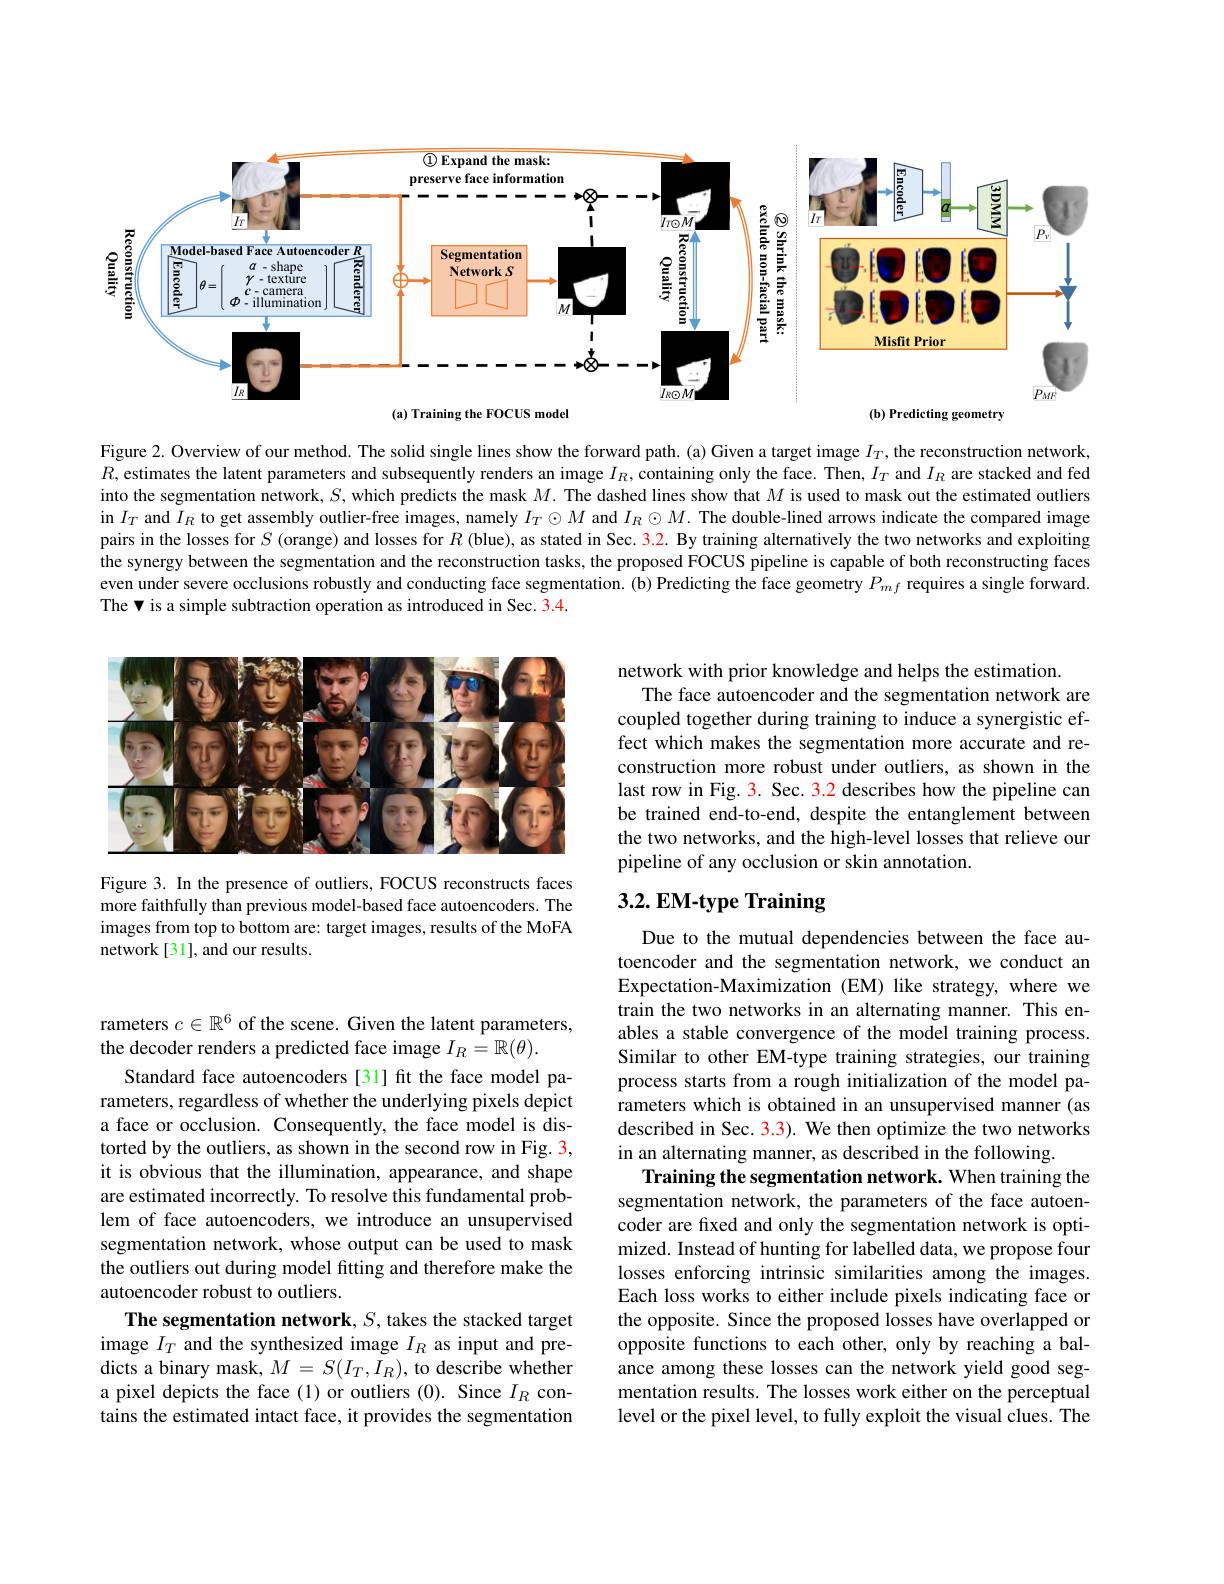
<FigureHere>

Figure 2. Overview of our method. The solid single lines show the forward path. (a) Given a target image $I_T$, the reconstruction network, $R$, estimates the latent parameters and subsequently renders an image $I_R$, containing only the face. Then, $I_T$ and $I_R$ are stacked and fed into the segmentation network, $S$, which predicts the mask $M.$ The dashed lines show that $M$ is used to mask out the estimated outliers in $I_T$ and $I_R$ to get assembly outlier-free images, namely $I_T\odot M$ and $I_R\odot M.$ The double-lined arrows indicate the compared image pairs in the losses for $S$ (orange) and losses for $R$ (blue), as stated in Sec. $\color{red}{3.2.}$ By training alternatively the two networks and exploiting the synergy between the segmentation and the reconstruction tasks, the proposed FOCUS pipeline is capable of both reconstructing faces even under severe occlusions robustly and conducting face segmentation. (b) Predicting the face geometry $P_{mf}$ requires a single forward. The v is a simple subtraction operation as introduced in Sec. 3.4.

<FigureHere>

network with prior knowledge and helps the estimation
The face autoencoder and the segmentation network are coupled together during training to induce a synergistic effect which makes the segmentation more accurate and reconstruction more robust under outliers, as shown in the last row in Fig. 3. Sec. 3.2 describes how the pipeline can be trained end-to-end, despite the entanglement between the two networks, and the high-level losses that relieve our pipeline of any occlusion or skin annotation.

# $3. 2. \textbf{ EM- type Training}$

Figure 3. In the presence of outliers, FOCUS reconstructs faces more faithfully than previous model-based face autoencoders. The images from top to bottom are: target images, results of the MoFA network[31], and our results.

Due to the mutual dependencies between the face autoencoder and the segmentation network, we conduct an Expectation-Maximization (EM) like strategy, where we train the two networks in an alternating manner. This enables a stable convergence of the model training process. Similar to other EM-type training strategies, our training process starts from a rough initialization of the model parameters which is obtained in an unsupervised manner (as described in Sec. 3.3). We then optimize the two networks in an alternating manner, as described in the following.
Training the segmentation network. When training the segmentation network, the parameters of the face autoencoder are fixed and only the segmentation network is optimized. Instead of hunting for labelled data, we propose four losses enforcing intrinsic similarities among the images. Each loss works to either include pixels indicating face or the opposite. Since the proposed losses have overlapped or opposite functions to each other, only by reaching a balance among these losses can the network yield good segmentation results. The losses work either on the perceptual level or the pixel level, to fully exploit the visual clues. The

rameters $c\in\mathbb{R}^6$ of the scene. Given the latent parameters,
the decoder renders a predicted face image $I_R=\mathbb{R}(\theta).$
Standard face autoencoders [31] fit the face model parameters, regardless of whether the underlying pixels depict a face or occlusion. Consequently, the face model is distorted by the outliers, as shown in the second row in Fig. 3, it is obvious that the illumination, appearance, and shape are estimated incorrectly. To resolve this fundamental problem of face autoencoders, we introduce an unsupervised segmentation network, whose output can be used to mask the outliers out during model fitting and therefore make the autoencoder robust to outliers.
The segmentation network, $S$, takes the stacked target image $I_T$ and the synthesized image $I_R$ as input and predicts a binary mask, $M=S(I_T,I_R)$, to describe whether a pixel depicts the face (1) or outliers (0). Since $I_R$ contains the estimated intact face, it provides the segmentation